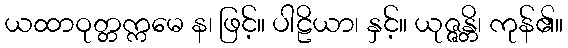
ယထာဝုတ္တက္ကမေ န၊ ဖြင့်။ ပါဠိယာ၊ နှင့်။ ယုဇ္ဇန္တိ၊ ကုန်၏။